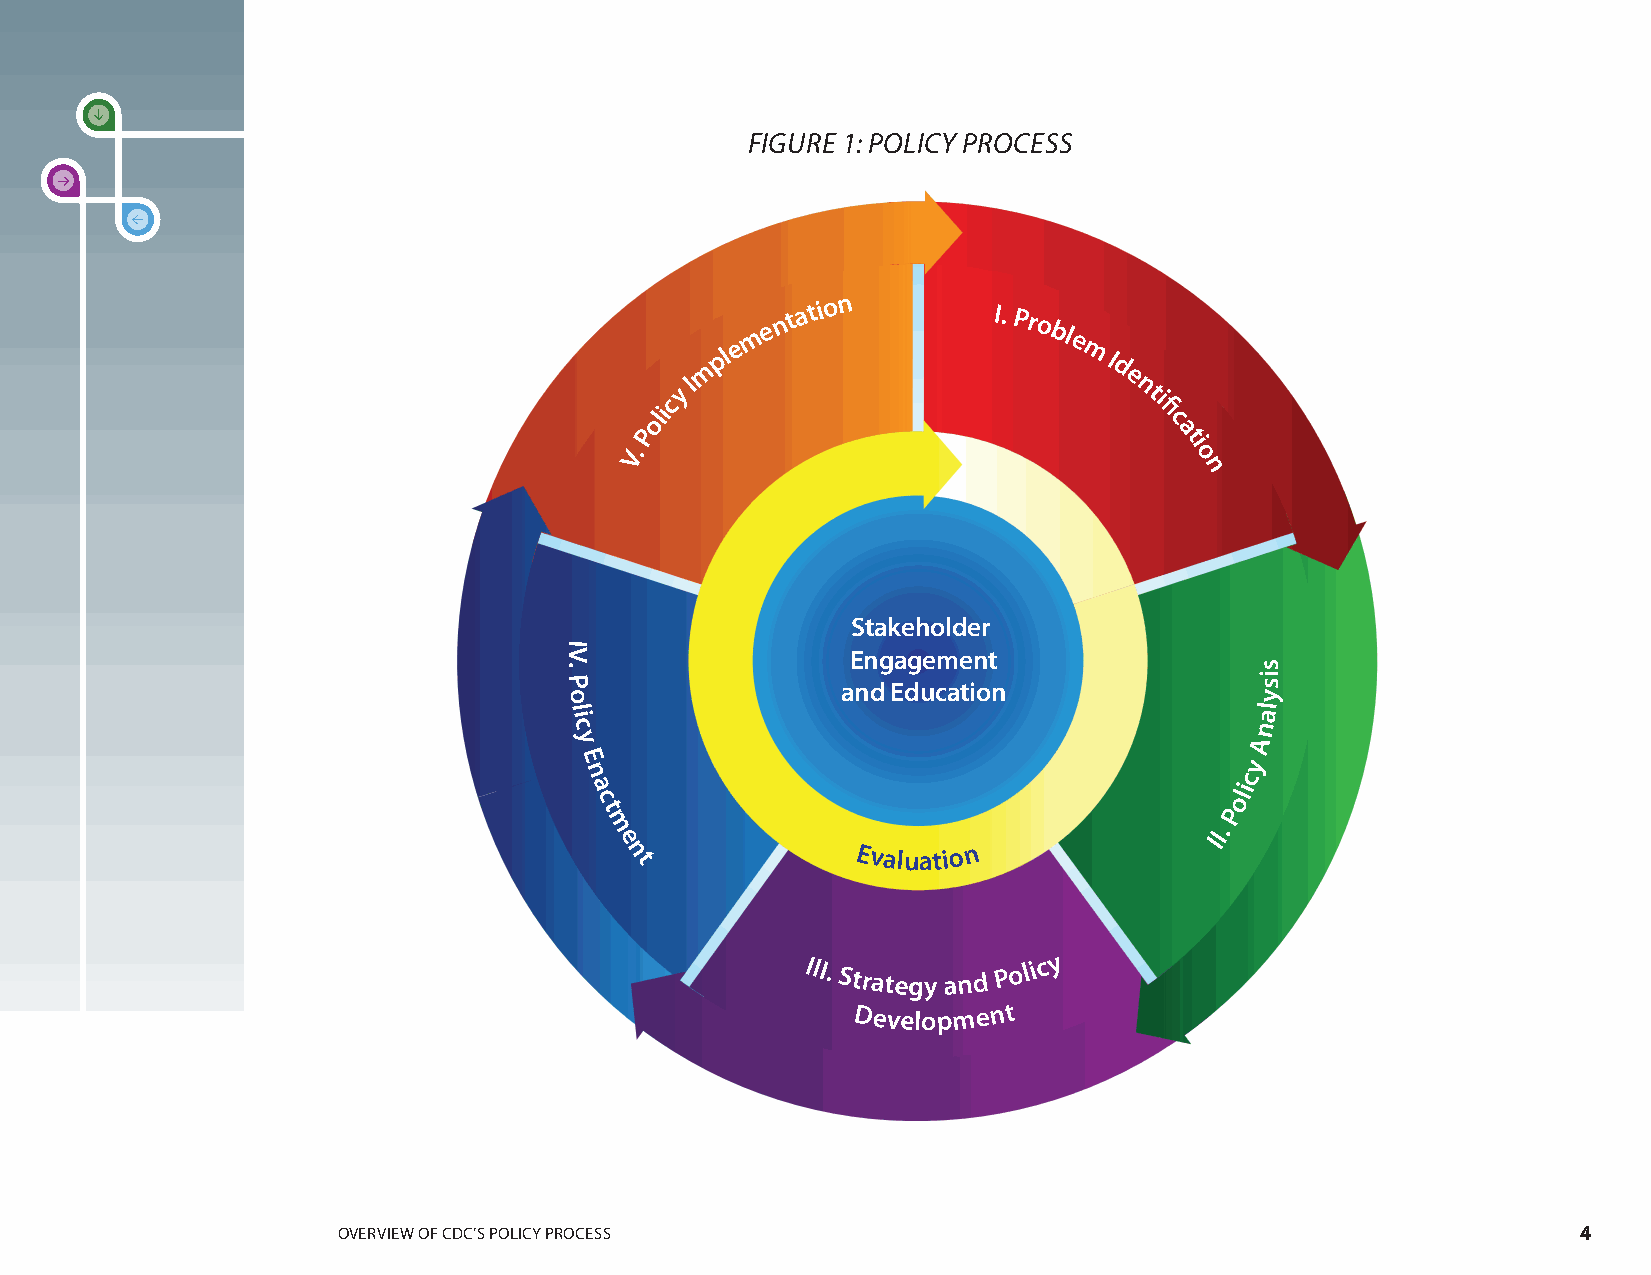
FIGURE 1: POLICY PROCESS
 e
 m
 e
 n t a t io n   I. Proble
 pl                      m
 I
 m                          d
 cy I                          e n ti
 oli                              fi
 c
 V.
 P                                   a ti
 o
 n
 Stakeholder
 I
 V
 .
 Engagement
 s
 P                  and Education              i s
 o                                             y
 l                                             al
 i
 c                                            n
 y                                            A
 E                                           y
 n                                           c
 a
 c
 oli
 t                                        P
 m
 e n
 t
 Evaluation
 II.
 III. Strategy and Po li c y
 Development
 OVERVIEW OF CDC’S POLICY PROCESS                                                   4